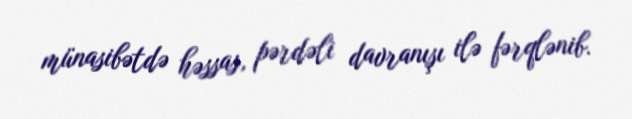
münasibətdə həssas, pərdəli davranışı ilə fərqlənib.